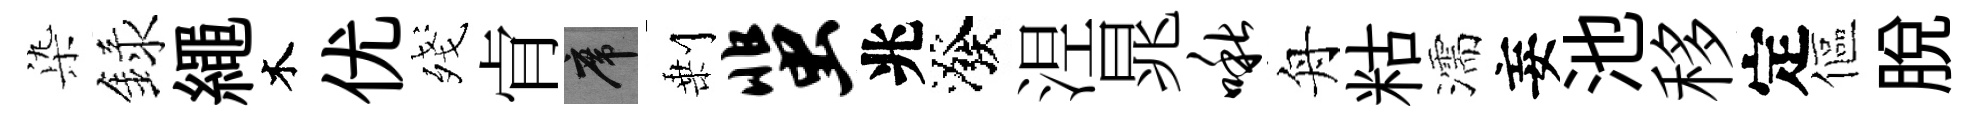
𣑱録繩木优殘肻席剰蜚兆潑𣵀晁啾舟䊀濡妄池移定傴脱